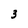
Character: 3